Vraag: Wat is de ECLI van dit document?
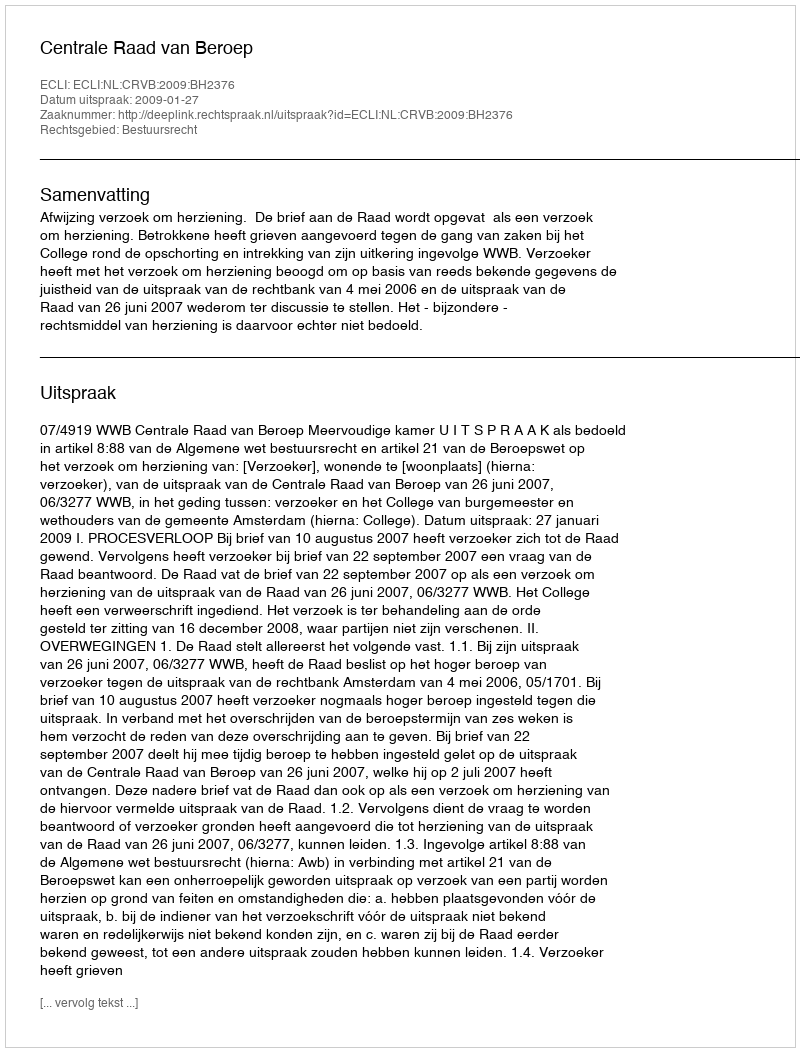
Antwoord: ECLI:NL:CRVB:2009:BH2376